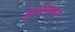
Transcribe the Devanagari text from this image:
हर्शलला